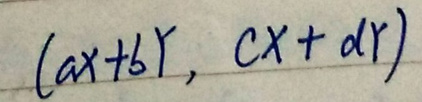
\[(ax + bY, cx + dY)\]